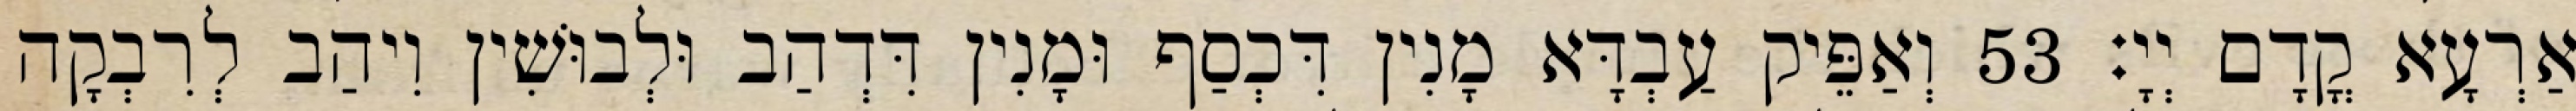
אַרְעָא קֳדָם יְיָ׃ 53 וְאַפֵּיק עַבְדָּא מָנִין דִּכְסַף וּמָנִין דִּדְהַב וּלְבוּשִׁין וִיהַב לְרִבְקָה